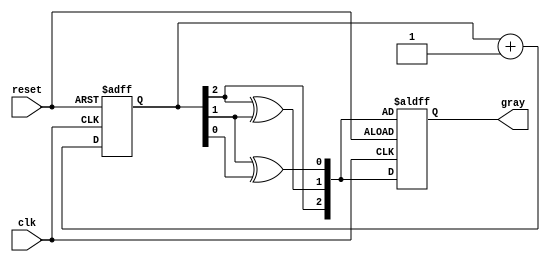
module gray_code_counter (
    input wire clk,      // Clock input
    input wire reset,    // Asynchronous reset
    output reg [2:0] gray // 3-bit Gray code output
);

// Internal signals for the current state
reg [2:0] binary;

// Gray code conversion function
function [2:0] binary_to_gray;
    input [2:0] binary;
    begin
        binary_to_gray = {binary[2], binary[2] ^ binary[1], binary[1] ^ binary[0]};
    end
endfunction

// Asynchronous reset and counter logic
always @(posedge clk or posedge reset) begin
    if (reset) begin
        // Reset the counter to 000 (Gray code)
        binary <= 3'b000;
        gray <= binary_to_gray(binary);
    end else begin
        // Increment binary counter
        binary <= binary + 1;
        // Update Gray code output
        gray <= binary_to_gray(binary);
    end
end

endmodule